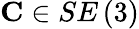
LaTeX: \mathbf{C}\in SE\left(3\right)